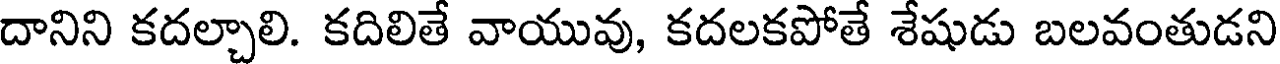
దానిని కదల్చాలి. కదిలితే వాయువు, కదలకపోతే శేషుడు బలవంతుడని